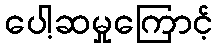
ပေါ့ဆမှုကြောင့်